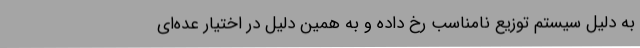
به دلیل سیستم توزیع نامناسب رخ داده و به همین دلیل در اختیار عده‌ای